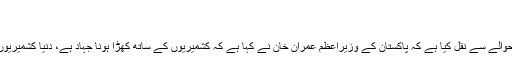
بھارتی فوج کی فائرنگ کے نتیجے میں …
کشمیریوں کے ساتھ کھڑا ہونا جہاد ہے
مہر خبررساں ایجنسی نے ایکس پریس کے حوالے سے نقل کیا ہے کہ پاکستان کے وزیراعظم عمران خان نے کہا ہے کہ کشمیریوں کے ساتھ کھڑا ہونا جہاد ہے، دنیا کشمیریوں کےساتھ کھڑی ہو نہ ہوہم ان کے ساتھ ہیں۔